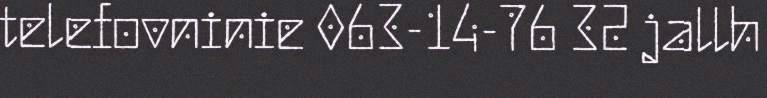
telefovninie 063-14-76 32 jallh